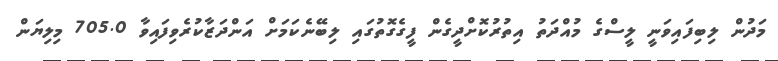
މަދުން ލިބިފައިވަނީ ލީސްގެ މުއްދަތު އިތުރުކޮށްދީގެން ފީގެގޮތުގައި ލިބޭނެކަމަށް އަންދަޒާކުރެވިފައިވާ 705.0 މިލިޔަން